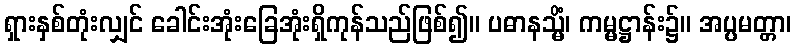
ရှားနှစ်တုံးလျှင် ခေါင်းအုံးခြေအုံးရှိကုန်သည်ဖြစ်၍။ ပဓာနသ္မိံ၊ ကမ္မဋ္ဌာန်း၌။ အပ္ပမတ္တာ၊